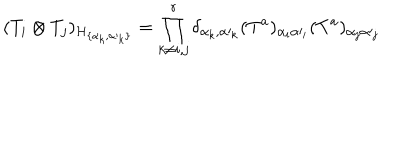
( T _ { i } \otimes T _ { j } ) _ { { \cal H } _ { \{ \alpha _ { k } , { \alpha \prime } _ { k } \} } } = \prod _ { k \ne i , j } ^ { r } \delta _ { \alpha _ { k } , { \alpha \prime } _ { k } } ( T ^ { a } ) _ { \alpha _ { i } { \alpha \prime } _ { i } } ( T ^ { a } ) _ { \alpha _ { j } { \alpha \prime } _ { j } }